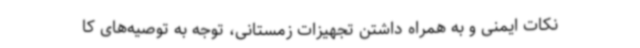
نکات ایمنی و به همراه داشتن تجهیزات زمستانی، توجه به توصیه‌های کا